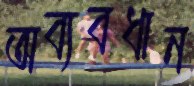
অব্যবধান